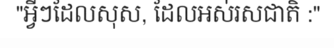
"អ្វីៗដែលសុស, ដែលអស់រសជាតិ :"